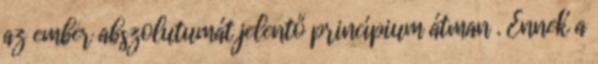
az ember abszolutumát jelentő princípium átman . Ennek a